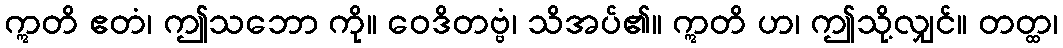
ဣတိ ဧတံ၊ ဤသဘော ကို။ ဝေဒိတဗ္ဗံ၊ သိအပ်၏။ ဣတိ ဟ၊ ဤသို့လျှင်။ တတ္ထ၊